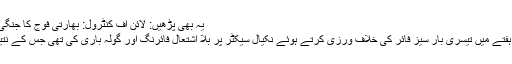
یہ بھی پڑھیں: لائن آف کنٹرول: بھارتی فوج کا جنگی جنون، 2 خواتین سمیت 3 زخمی
بعد ازاں بھارتی فوج نے ایک ہی ہفتے میں تیسری بار سیز فائر کی خلاف ورزی کرتے ہوئے نکیال سیکٹر پر بلا اشتعال فائرنگ اور گولہ باری کی تھی جس کے نتیجے میں خاتون شہید ہوگئیں تھیں۔